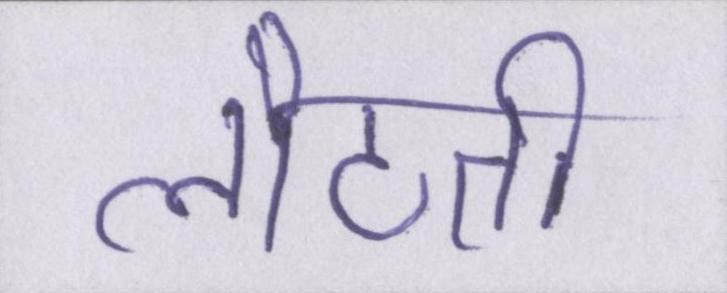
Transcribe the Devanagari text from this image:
लौटती